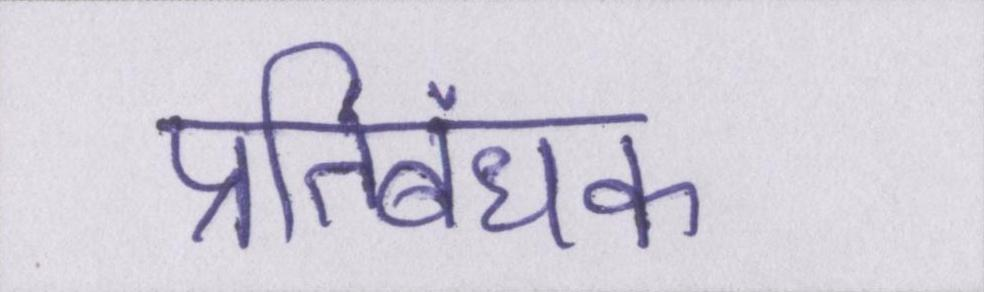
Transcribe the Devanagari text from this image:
प्रतिबंधक